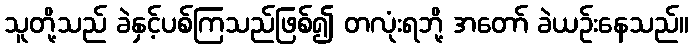
သူတို့သည် ခဲနှင့်ပစ်ကြသည်ဖြစ်၍ တလုံးရဘို့ အတော် ခဲယဉ်းနေသည်။